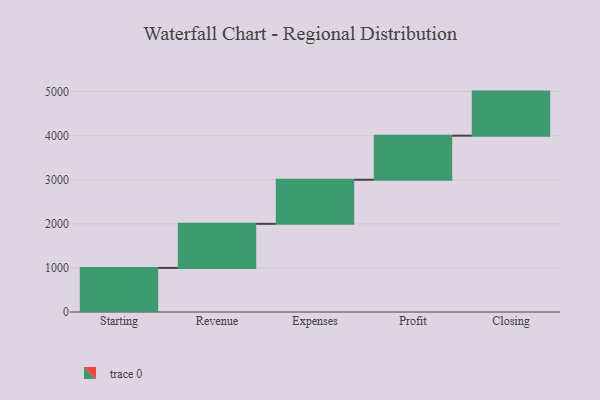
{"axis": {"x": "Step", "y": "Value"}, "legend": [""], "data": [{"x": "Starting", "y": 1000, "type": ""}, {"x": "Revenue", "y": 1000, "type": ""}, {"x": "Expenses", "y": 1000, "type": ""}, {"x": "Profit", "y": 1000, "type": ""}, {"x": "Closing", "y": 1000, "type": ""}]}